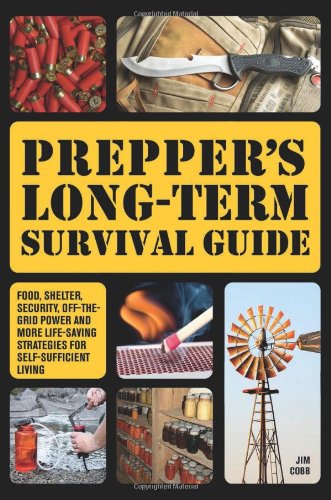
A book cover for Prepper's Long-Term Survival Guide: Food, Shelter, Security, Off-the-Grid Power and More Life-Saving Strategies for Self-Sufficient Living; Jim Cobb; Reference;